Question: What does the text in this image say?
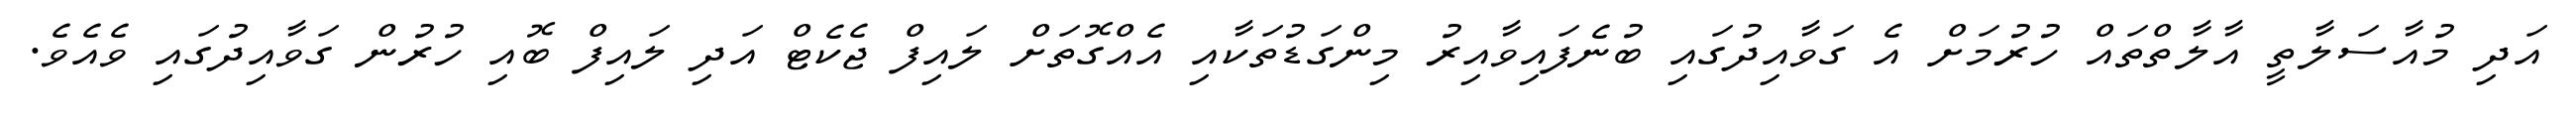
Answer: އަދި މުއާސަލާތީ އާލާތްތައް ހުރުމަށް އެ ގަވާއިދުގައި ބުނެފައިވާއިރު މިންގަޑުތަކާއި އެއްގޮތަށް ލައިފް ޖެކެޓް އަދި ލައިފް ބޮއި ހުރުން ގަވާއިދުގައި ވެއެވެ.